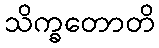
သိက္ခတောတိ